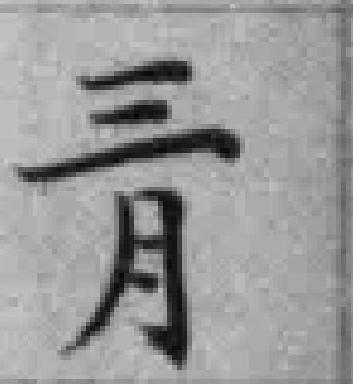
三月